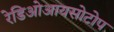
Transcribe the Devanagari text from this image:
रेडिओआयसोटोप